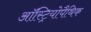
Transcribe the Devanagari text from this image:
ऑस्ट्रियोपैथिक